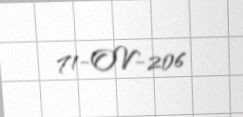
71-OV-206